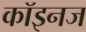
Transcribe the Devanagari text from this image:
कॉइनज